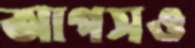
আপসও